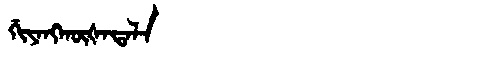
Manchu: ᡤᡳᠶᠠᠩᡴᡡᡧᠠᡨᠠᠯᠠ
Romanization: GIYANGKŪŠATALA